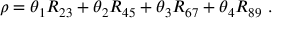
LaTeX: \rho = \theta _ { 1 } R _ { 2 3 } + \theta _ { 2 } R _ { 4 5 } + \theta _ { 3 } R _ { 6 7 } + \theta _ { 4 } R _ { 8 9 } ~ .